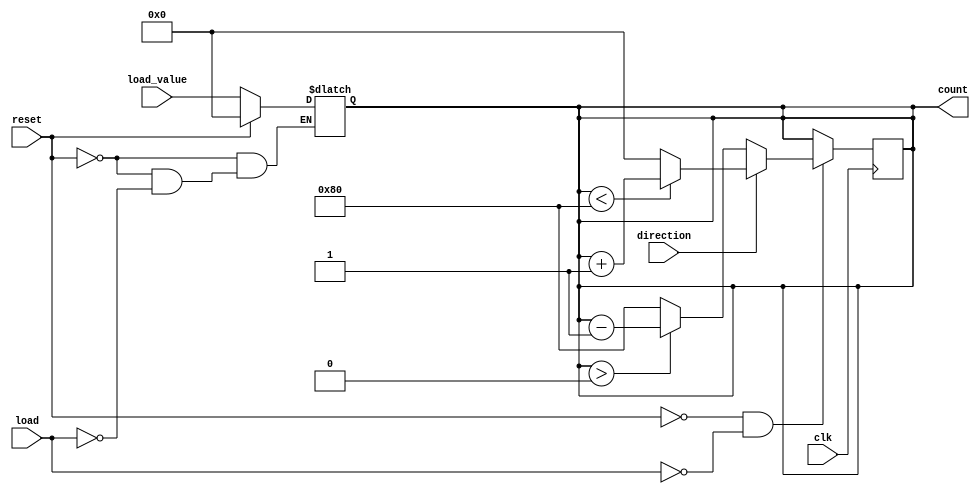
module async_load_counter #(
    parameter WIDTH = 8 // Define the width of the counter
)(
    input wire clk,              // Clock signal
    input wire load,             // Load signal
    input wire reset,            // Reset signal
    input wire direction,        // Direction control (1 for up, 0 for down)
    input wire [WIDTH-1:0] load_value, // Value to load into the counter
    output reg [WIDTH-1:0] count // Current count value
);

    // Asynchronous reset
    always @(*) begin
        if (reset) begin
            count = 0; // Reset the counter to 0
        end else if (load) begin
            count = load_value; // Load the new value into the counter
        end
    end

    // Synchronous counting logic
    always @(posedge clk) begin
        if (!reset && !load) begin // Only count if not reset and not loading
            if (direction) begin
                // Count up
                if (count < {1'b1, {WIDTH-1{1'b0}}}) begin // Check for overflow
                    count <= count + 1;
                end else begin
                    count <= 0; // Wrap around on overflow
                end
            end else begin
                // Count down
                if (count > 0) begin // Prevent underflow
                    count <= count - 1;
                end else begin
                    count <= {1'b1, {WIDTH-1{1'b0}}}; // Wrap around to maximum value
                end
            end
        end
    end

endmodule